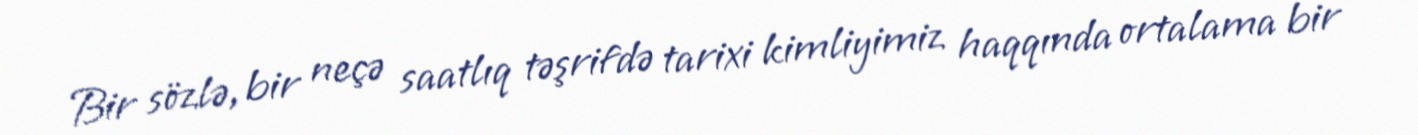
Bir sözlə, bir neçə saatlıq təşrifdə tarixi kimliyimiz haqqında ortalama bir